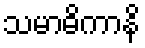
သမာဓိကာနိ